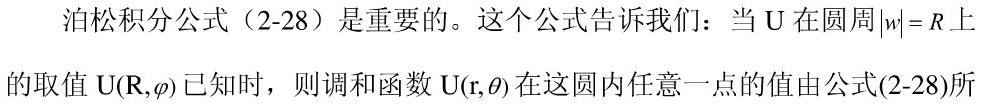
泊松积分公式（2-28）是重要的。这个公式告诉我们：当 $\mathrm{U}$ 在圆周$|w| = R$ 上的取值 $\mathrm{U}(\mathrm{R},\varphi)$ 已知时，则调和函数 $\mathrm{U}(\mathrm{r},\theta)$ 在这圆内任意一点的值由公式(2-28)所